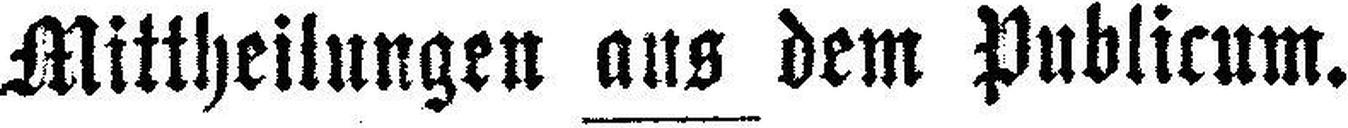
Mittheillungen aus dem Publicum.